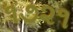
૧૭૨૧